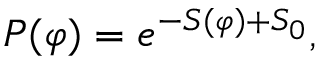
P ( \varphi ) = e ^ { - S ( \varphi ) + S _ { 0 } } ,